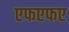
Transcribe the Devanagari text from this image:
एफएफए